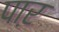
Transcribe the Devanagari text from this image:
पाऱ